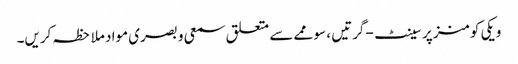
ویکی کومنز پر سینٹ-گرتیں ، سوممے سے متعلق سمعی و بصری مواد ملاحظہ کریں۔